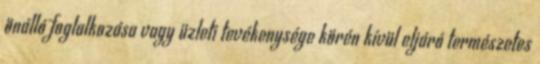
önálló foglalkozása vagy üzleti tevékenysége körén kívül eljáró természetes